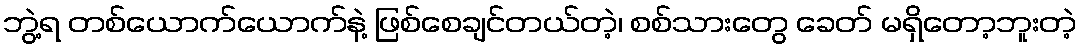
ဘွဲ့ရ တစ်ယောက်ယောက်နဲ့ ဖြစ်စေချင်တယ်တဲ့၊ စစ်သားတွေ ခေတ် မရှိတော့ဘူးတဲ့